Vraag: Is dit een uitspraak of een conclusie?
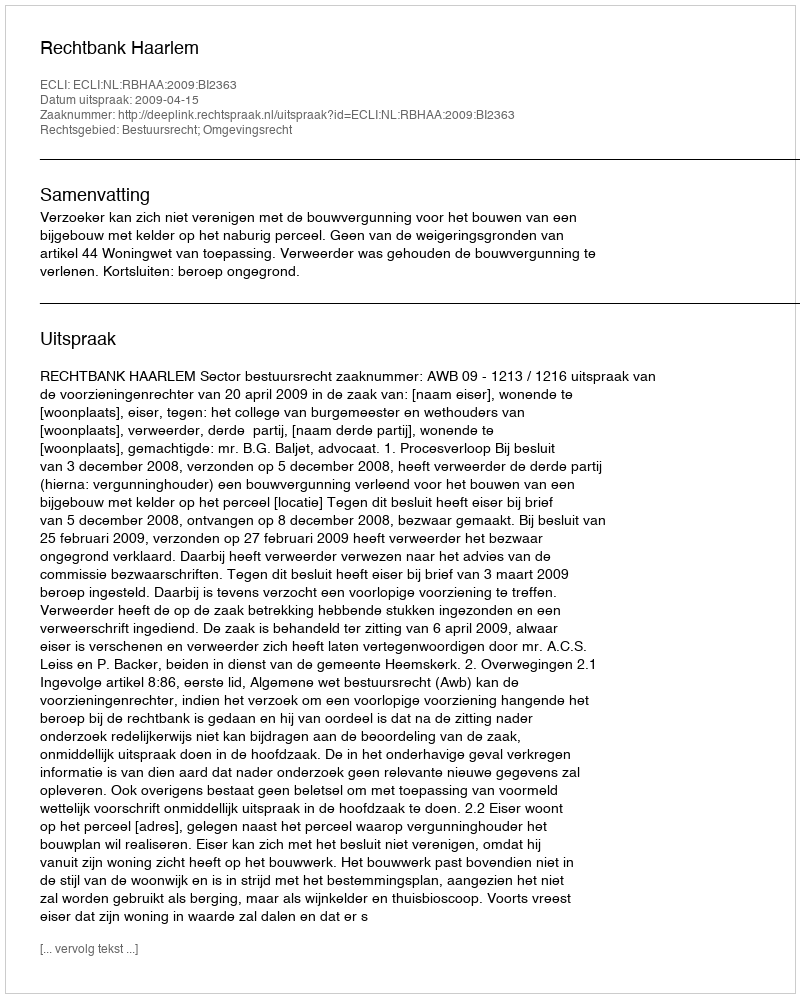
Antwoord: Uitspraak